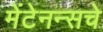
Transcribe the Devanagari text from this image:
मेंटेनन्सचे